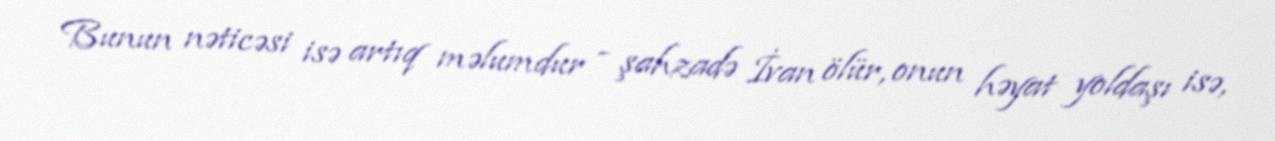
Bunun nəticəsi isə artıq məlumdur - şahzadə İvan ölür, onun həyat yoldaşı isə,